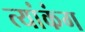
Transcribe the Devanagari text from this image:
त्यांकंग